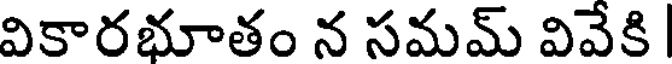
వికారభూతం న సమమ్ వివేకి